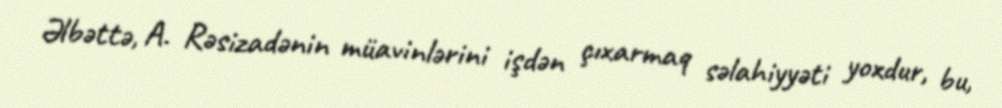
Əlbəttə, A. Rəsizadənin müavinlərini işdən çıxarmaq səlahiyyəti yoxdur, bu,